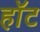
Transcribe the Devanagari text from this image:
हाॅट